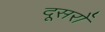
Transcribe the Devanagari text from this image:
दूसरोँ